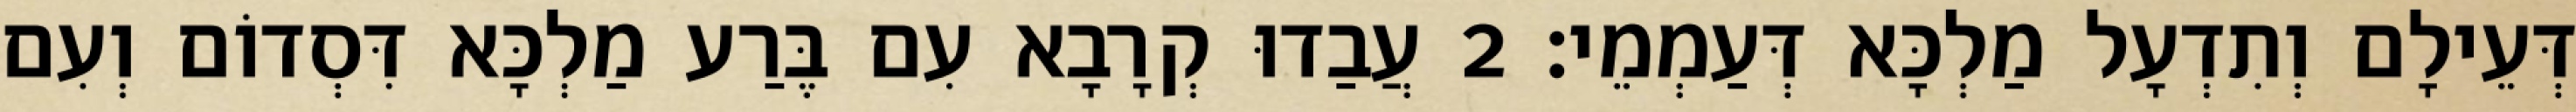
דְּעֵילָם וְתִדְעָל מַלְכָּא דְּעַמְמֵי׃ 2 עֲבַדוּ קְרָבָא עִם בֶּרַע מַלְכָּא דִּסְדוֹם וְעִם